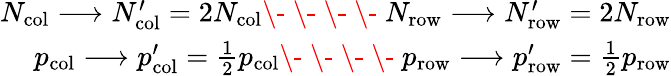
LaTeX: \begin{array}{r}{N_{\mathrm{col}}\longrightarrow N_{\mathrm{col}}^{\prime}=2N_{\mathrm{col}}\- \ \- \ \- \ \- \ N_{\mathrm{row}}\longrightarrow N_{\mathrm{row}}^{\prime}=2N_{\mathrm{row}}}\\ {p_{\mathrm{col}}\longrightarrow p_{\mathrm{col}}^{\prime}=\frac{1}{2}p_{\mathrm{col}}\- \ \- \ \- \ \- \ p_{\mathrm{row}}\longrightarrow p_{\mathrm{row}}^{\prime}=\frac{1}{2}p_{\mathrm{row}}}\end{array}